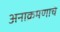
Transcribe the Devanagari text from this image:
अनाक्रमणाचे